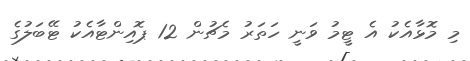
މި މޮޅާއެކު އެ ޓީމު ވަނީ ހަތަރު މެޗުން 12 ޕޮއިންޓާއެކު ޓޭބަލުގެ